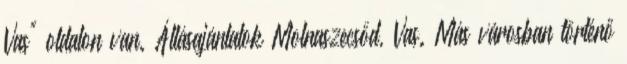
Vas" oldalon van. Állásajánlatok Molnaszecsőd, Vas. Más városban történő